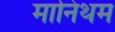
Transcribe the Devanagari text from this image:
मानिथम